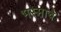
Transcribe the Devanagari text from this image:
भस्माचे